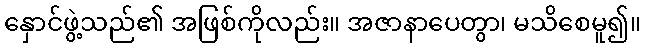
နှောင်ဖွဲ့သည်၏ အဖြစ်ကိုလည်း။ အဇာနာပေတွာ၊ မသိစေမူ၍။